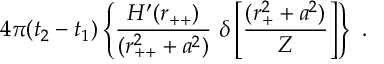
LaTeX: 4 \pi ( t _ { 2 } - t _ { 1 } ) \left\{ \frac { H ^ { \prime } ( r _ { + + } ) } { ( r _ { + + } ^ { 2 } + a ^ { 2 } ) } \ \delta \left[ \frac { ( r _ { + } ^ { 2 } + a ^ { 2 } ) } { Z } \right] \right\} \ .